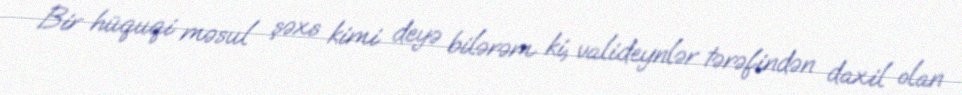
Bir hüquqi məsul şəxs kimi deyə bilərəm ki, valideynlər tərəfindən daxil olan